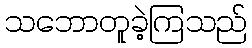
သဘောတူခဲ့ကြသည်